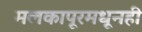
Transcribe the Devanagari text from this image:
मलकापूरमधूनही